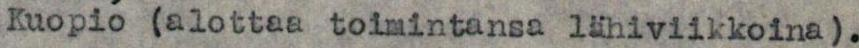
Kuopio (alottaa toimintansa lähiviikkoina).